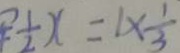
\frac { 1 } { 2 } x = 1 \times \frac { 1 } { 3 }